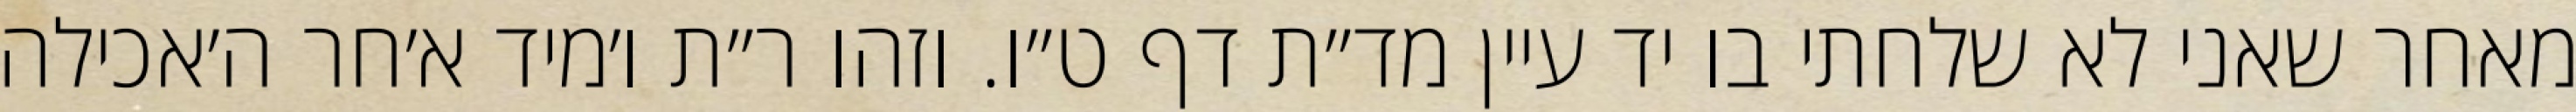
מאחר שאני לא שלחתי בו יד עיין מד״ת דף ט״ו. וזהו ר״ת ו׳מיד א׳חר ה׳אכילה